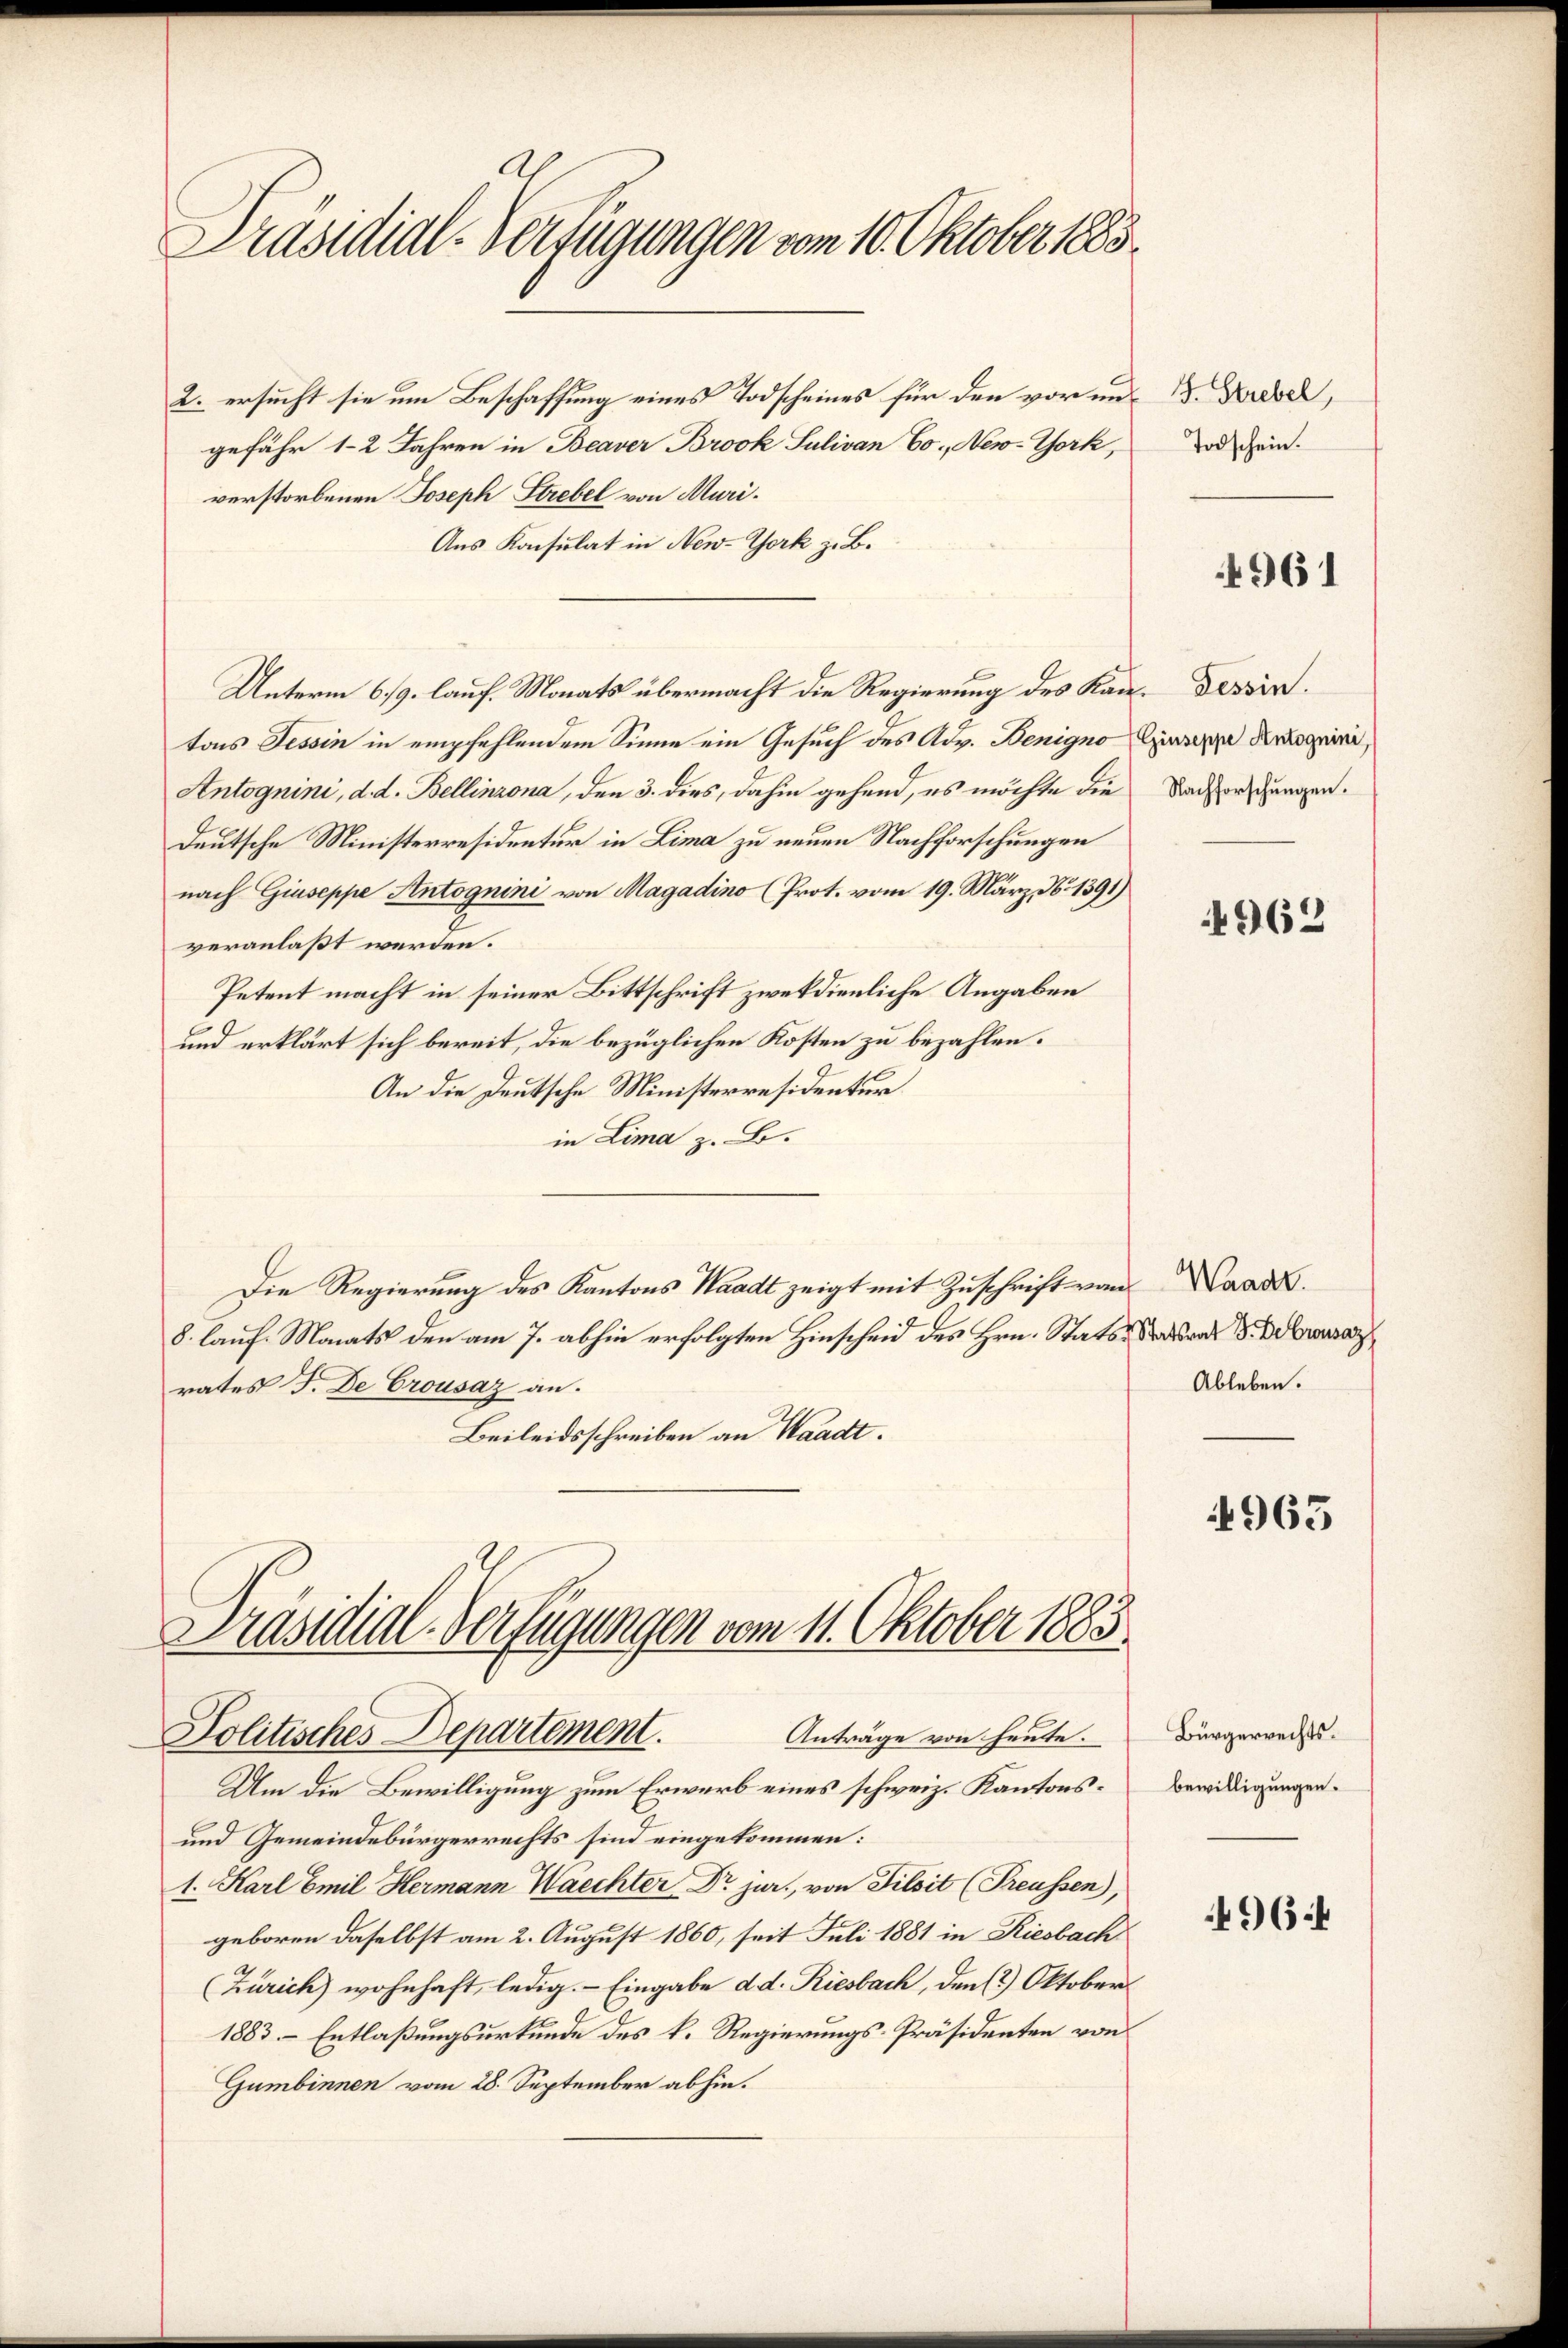
Präsidial-Verfügungen vom 10. Oktober 1885

2. ersucht sie um Beschaffung eines Todscheines für den vor ungefähr 12 Jahren in Beaver Brook Sulivan Eo., New-York,
verstorbenen Joseph Strebel von Muri¬
Aus Konsulat in New-York z. B.
Unterm 6/9. lauf. Monats übermacht die Regierung des Kan- Dessirtons Tessin in empfehlendem Sinne ein Gesuch des Adv. Benigno
Antognini, d. d. Bellinzona, den 3. dies, dahin gehend, es möchte die Nachforschungen.
Deutsche Ministerresidentur in Lima zu neuen Nachforschungen
nach Giuseppe Antognini von Magadino (Prot. vom 19. März, No 1391)
veranlaßt werden.
Petent macht in seiner Bittschrift zweckdienliche Angaben
und erklärt sich bereit, die bezüglichen Kosten zu bezahlen.
An die Deutsche Ministerresidentur
in Lima z. B.
Die Regierung des Kantons Waadt zeigt mit Zuschrift von Waad
8. lauf Monats den am 7. abhin erfolgten Hinscheid des Hrn. Stats Sr. Dra
rates F. De Crousaz an.
Beileidsschreiben an Waadt.

Präsidial-Verfügungen vom 11. Oktober 1883
Politisches Departement.
Anträge von heute.

Um die Bewilligung zum Erwerb eines schweiz. Kantons¬
und Gemeindebürgerrechts sind eingekommen:
1. Karl Emil Hermann Waechter Dr jur., von Pilsit (Preussen,
geboren daselbst am 2. August 1860, seit Juli 1881 in Riesbach
(Zürich) wohnhaft, ledig. - Eingabe d. d. Riesbach, den (2) Oktober
1883- Entlaßungsurkunde des k. Regierungs-Präsidenten von
Gumbinnen vom 28. September abhin.

J. Strebel,
Todschein.

4961

Giuseppe Antognini,

4962

Ableben.

4965

Bürgerrechts.
bewilligungen.

4964